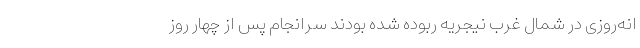
انه‌روزی در شمال غرب نیجریه ربوده شده بودند سرانجام پس از چهار روز